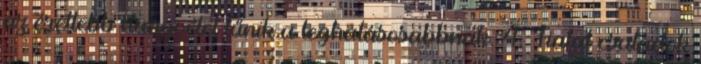
az érettebb hangvétel tűnik a leghatásosabbnak. 4. Fiatal családok